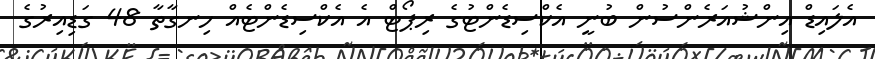
އެލައިޑް އިންޝުއަރެންސުން ބުނީ އެކްސިޑެންޓުގެ ރިޕޯޓް އެ އެކްސިޑެންޓެއް ހިނގާތާ 48 ގަޑިއިރުގެ